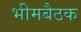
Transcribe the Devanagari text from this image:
भीमबैठक